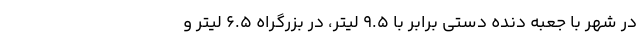
در شهر با جعبه دنده دستی برابر با 9.5 لیتر، در بزرگراه 6.5 لیتر و